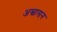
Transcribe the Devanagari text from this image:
अस्वासन